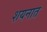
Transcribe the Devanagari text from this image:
शयनात